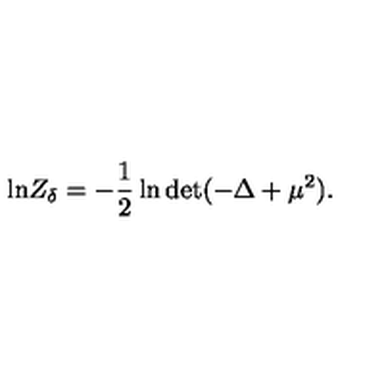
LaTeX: \mathrm { l n } Z _ { \delta } = - { \frac { 1 } { 2 } } \ln \mathrm { d e t } ( - \Delta + \mu ^ { 2 } ) .